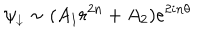
LaTeX: \psi _ { \downarrow } \sim ( A _ { 1 } r ^ { 2 n } + A _ { 2 } ) e ^ { 2 i n \theta }